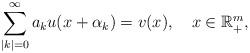
LaTeX: \begin{align*}\sum\limits_{|k|=0}^{\infty}a_ku(x+\alpha_k)=v(x),~~~x\in\mathbb R^m_+,\end{align*}